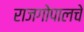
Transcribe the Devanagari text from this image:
राजगोपालचे